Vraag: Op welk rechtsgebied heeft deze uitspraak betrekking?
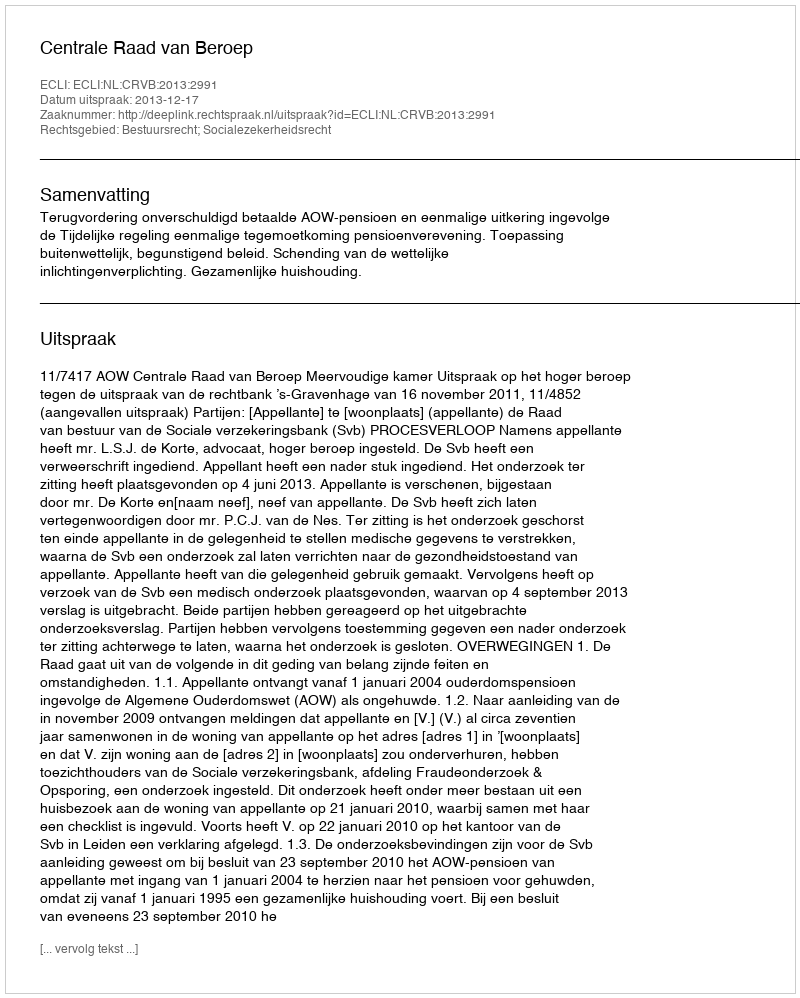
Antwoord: Bestuursrecht; Socialezekerheidsrecht